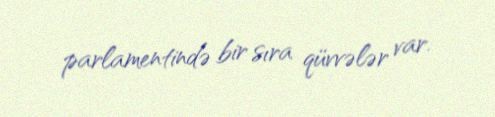
parlamentində bir sıra qüvvələr var.